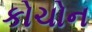
કોચોન